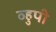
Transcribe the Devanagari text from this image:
व्हुपी